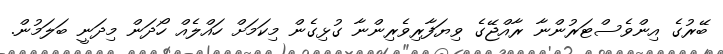
ބޭރުގެ އިންވެސްޓަރުންނާ ރާއްޖޭގެ ވިޔަފާރިވެރިންނާ ގުޅިގެން މިކަމަށް ހައްލެއް ހޯދަން މިދަނީ ބަލަމުން.